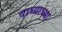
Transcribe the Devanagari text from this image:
वाघ्याच्या